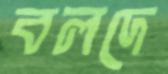
বলদে